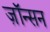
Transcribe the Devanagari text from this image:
ज़ॉन्सन